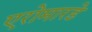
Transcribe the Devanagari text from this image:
एरोमारडे